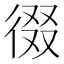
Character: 𭛶